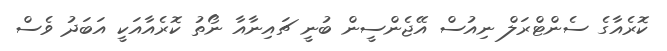
ކޮރެއާގެ ސެންޓްރަލް ނިއުސް އޭޖެންސީން ބުނީ ޗައިނާއާ ނޯތު ކޮރެއާއަކީ އަބަދު ވެސް